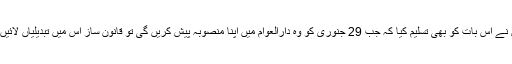
انہوں نے اس بات کو بھی تسلیم کیا کہ جب 29 جنوری کو وہ دارالعوام میں اپنا منصوبہ پیش کریں گی تو قانون ساز اس میں تبدیلیاں لائیں گے۔